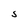
Character: S